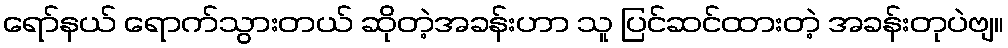
ရော်နယ် ရောက်သွားတယ် ဆိုတဲ့အခန်းဟာ သူ ပြင်ဆင်ထားတဲ့ အခန်းတုပဲဗျ။